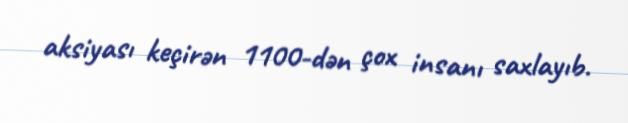
aksiyası keçirən 1100-dən çox insanı saxlayıb.